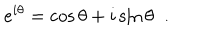
LaTeX: e ^ { i \theta } = \cos { \theta } + i \sin { \theta } \; \; .